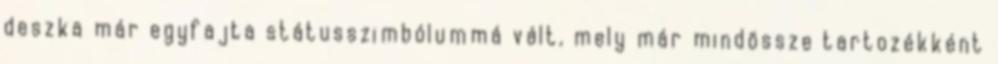
deszka már egyfajta státusszimbólummá vált, mely már mindössze tartozékként